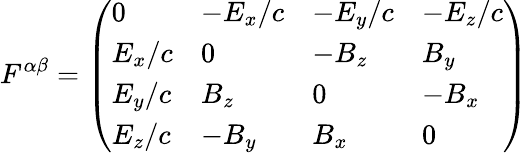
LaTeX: F^{\alpha\beta}={\left(\begin{array}{llll}{0}&{-E_{x}/c}&{-E_{y}/c}&{-E_{z}/c}\\ {E_{x}/c}&{0}&{-B_{z}}&{B_{y}}\\ {E_{y}/c}&{B_{z}}&{0}&{-B_{x}}\\ {E_{z}/c}&{-B_{y}}&{B_{x}}&{0}\end{array}\right)}